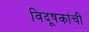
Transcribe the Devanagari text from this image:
विदूषकांची